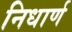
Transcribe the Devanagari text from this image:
निधार्ण